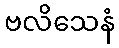
ဗလိသေနံ